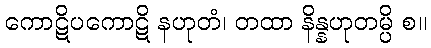
ကောဋိပကောဋိ နဟုတံ၊ တထာ နိန္နဟုတမ္ပိ စ။